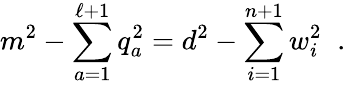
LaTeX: m^{2}-\sum_{a=1}^{\ell+1}q_{a}^{2}=d^{2}-\sum_{i=1}^{n+1}w_{i}^{2}\; \; .